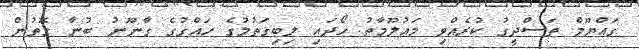
ގައްޔޫމް ތަސްދީގު ކުރެއްވި މައުލޫމާތު ހޯދައި ލިބިގަތުމުގެ ހައްގުގެ ގާނޫނު ބުނާ ގޮތުން